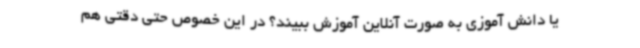
یا دانش آموزی به صورت آنلاین آموزش ببیند؟ در این خصوص حتی دقتی هم